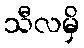
သီလမှိ